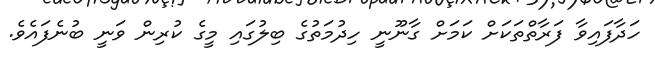
ހަދާފައިވާ ފަރާތްތަކަށް ކަމަށް ގާނޫނީ ހިދުމަތުގެ ބިލުގައި މީގެ ކުރިން ވަނީ ބުނެފައެވެ.